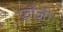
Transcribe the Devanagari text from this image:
फ़ौजी।